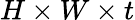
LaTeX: H\times W\times t